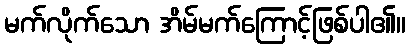
မက်လိုက်သော အိမ်မက်ကြောင့်ဖြစ်ပါ၏။